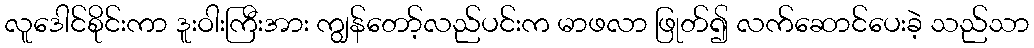
လူဒေါင်စိုင်းကာ ဒူးဝါးကြီးအား ကျွန်တော့်လည်ပင်းက မာဖလာ ဖြုတ်၍ လက်ဆောင်ပေးခဲ့ သည်သာ